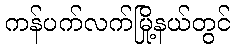
ကန်ပက်လက်မြို့နယ်တွင်